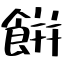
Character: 餠